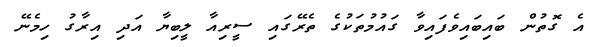
އެ ގޮތުން ބައިބައިވެފައިވާ ގައުމުތަކުގެ ތެރޭގައި ސީރިއާ ލީބިޔާ އަދި އިރާގު ހިމެނޭ